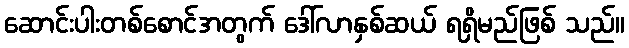
ဆောင်းပါးတစ်စောင်အတွက် ဒေါ်လာနှစ်ဆယ် ရရှိမည်ဖြစ် သည်။